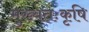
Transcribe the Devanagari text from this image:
मुख्यतःकृषि